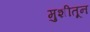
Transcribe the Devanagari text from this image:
मुशीतून